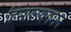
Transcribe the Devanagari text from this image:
हिमालयगमन